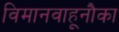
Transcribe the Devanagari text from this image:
विमानवाहूनौका